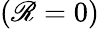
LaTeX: (\mathscr{R}=0)